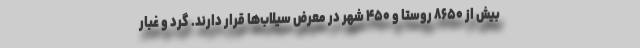
بیش از ۸۶۵۰ روستا و ۴۵۰ شهر در معرض سیلاب‌ها قرار دارند. گرد و غبار